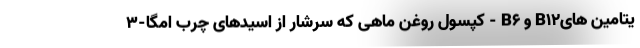
یتامین هایB12 و B6 - کپسول روغن ماهی که سرشار از اسیدهای چرب امگا-3